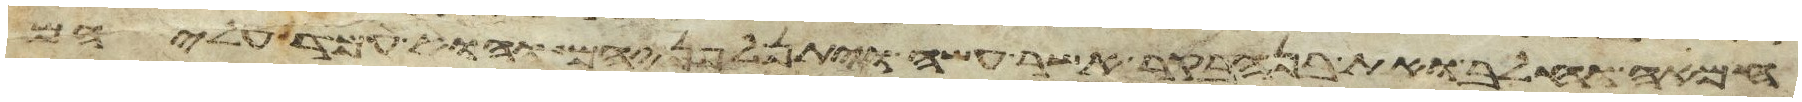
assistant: חמאה וחלב ואת בן הבקר אשר עשה ויתן לפניהם והוא עמד עליהם